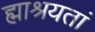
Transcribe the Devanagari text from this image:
ह्माश्रयतां